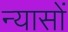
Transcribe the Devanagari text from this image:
न्‍यासों